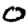
Digit: 0